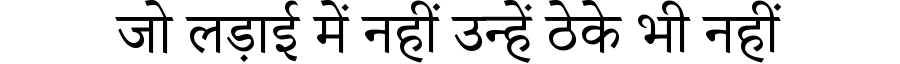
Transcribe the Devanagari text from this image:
जो लड़ाई में नहीं उन्हें ठेके भी नहीं